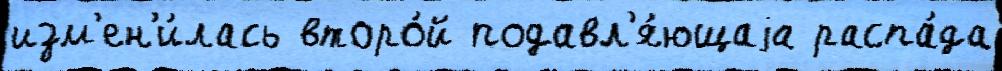
изм'ен'и́лась второ́й подавл'я́ющаjа распа́да